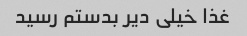
غذا خیلی دیر بدستم رسید